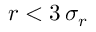
r < 3 \, \sigma _ { r }